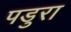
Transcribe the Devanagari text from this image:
पडुरा